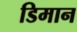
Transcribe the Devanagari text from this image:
डिमान